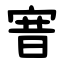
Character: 㝜